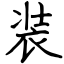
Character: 装